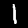
Digit: 1